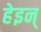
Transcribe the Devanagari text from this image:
हेइन्